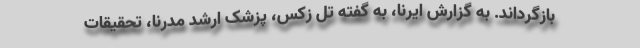
بازگرداند. به گزارش ایرنا، به گفته تل زکس، پزشک ارشد مدرنا، تحقیقات